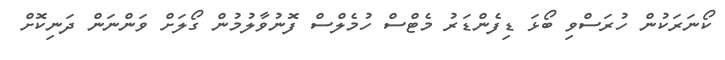
ކޯނަރަކުން ހުރަސްވި ބޯޅަ ޑިފެންޑަރު މެޓްސް ހުމެލްސް ފޮނުވާލުމުން ގޯލަށް ވަންނަން ދަނިކޮށް